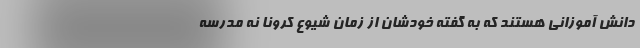
دانش آموزانی هستند که به گفته خودشان از زمان شیوع کرونا نه مدرسه